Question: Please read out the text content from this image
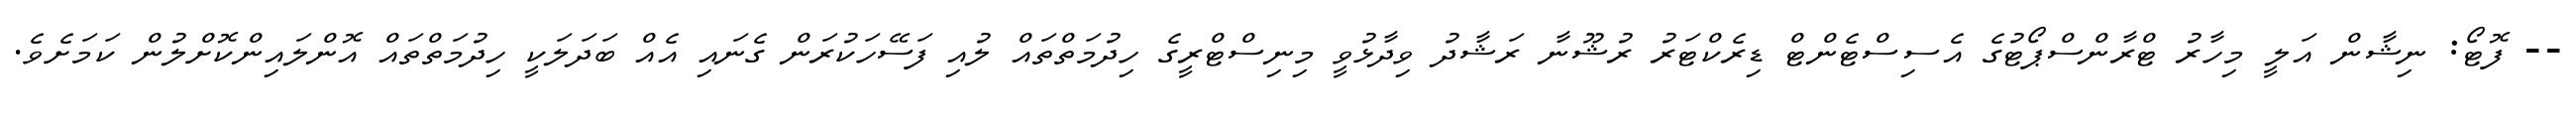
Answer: -- ފޮޓޯ: ނިޝާން އަލީ މިހާރު ޓްރާންސްޕޯޓުގެ އެސިސްޓެންޓް ޑިރެކްޓަރު ރުޝޫނާ ރަޝާދު ވިދާޅުވީ މިނިސްޓްރީގެ ހިދުމަތްތައް ލުއި ފަސޭހަކުރަން ގެނައި އެއް ބަދަލަކީ ހިދުމަތްތައް އޮންލައިންކޮށްލުން ކަމަށެވެ.